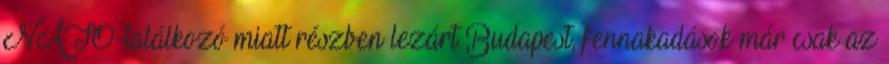
NATO-találkozó miatt részben lezárt Budapest, fennakadások már csak az